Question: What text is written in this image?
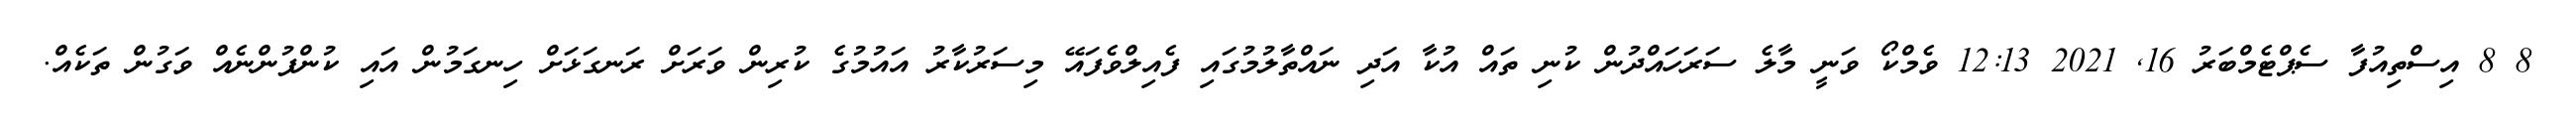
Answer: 8 8 އިސްތިއުފާ ސެޕްޓެމްބަރު 16, 2021 12:13 ވެމްކޯ ވަނީ މާލެ ސަރަހައްދުން ކުނި ތައް އުކާ އަދި ނައްތާލުމުގައި ފެއިލްވެފައޭ މިސަރުކާރު އައުމުގެ ކުރިން ވަރަށް ރަނގަޅަށް ހިނގަމުން އައި ކުންފުންނެއް ވަގުން ތަކެއް.